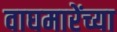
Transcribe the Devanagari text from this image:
वाघमारेंच्या